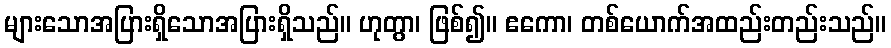
များသောအပြားရှိသောအပြားရှိသည်။ ဟုတွာ၊ ဖြစ်၍။ ဧကော၊ တစ်ယောက်အထည်းတည်းသည်။